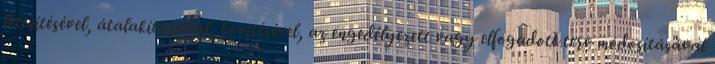
létesítésével, átalakításával, bõvítésével, az engedélyezett vagy elfogadott terv módosításával